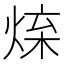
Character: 𤉬